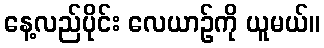
နေ့လည်ပိုင်း လေယာဉ်ကို ယူမယ်။